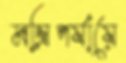
মন্ত্রিপর্যায়ে